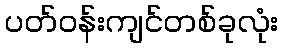
ပတ်ဝန်းကျင်တစ်ခုလုံး